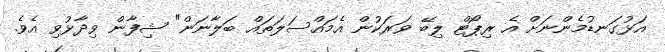
އަޅުގަނޑުމެންނަށް އެ ރިޕޯޓް ލިބޭ ވަރަކުން އެމައްސަލަތައް ބަލާނަން" ޝިފާން ވިދާޅުވި އެވެ.